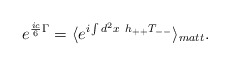
\begin{align*}e^{\frac{ic}{6}\Gamma}=\langle e^{i\int d^2x~h_{++}T_{--}}\rangle_{matt}.\end{align*}